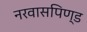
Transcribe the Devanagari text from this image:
नरवासपिण्ड